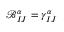
\mathcal { B } _ { I J } ^ { \alpha } = \gamma _ { I J } ^ { \alpha }